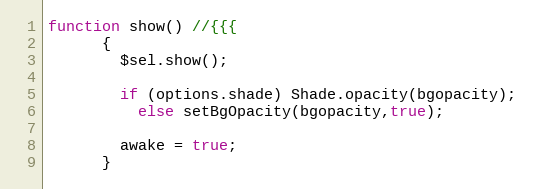
Language: JavaScript
function show() //{{{
      {
        $sel.show();

        if (options.shade) Shade.opacity(bgopacity);
          else setBgOpacity(bgopacity,true);

        awake = true;
      }